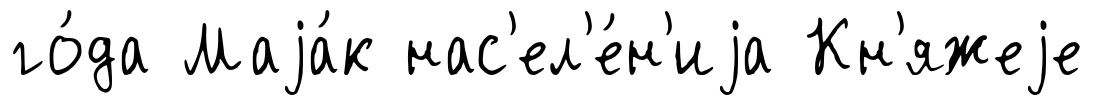
го́да Маjа́к нас'ел'е́н'иjа Кн'яжеjе